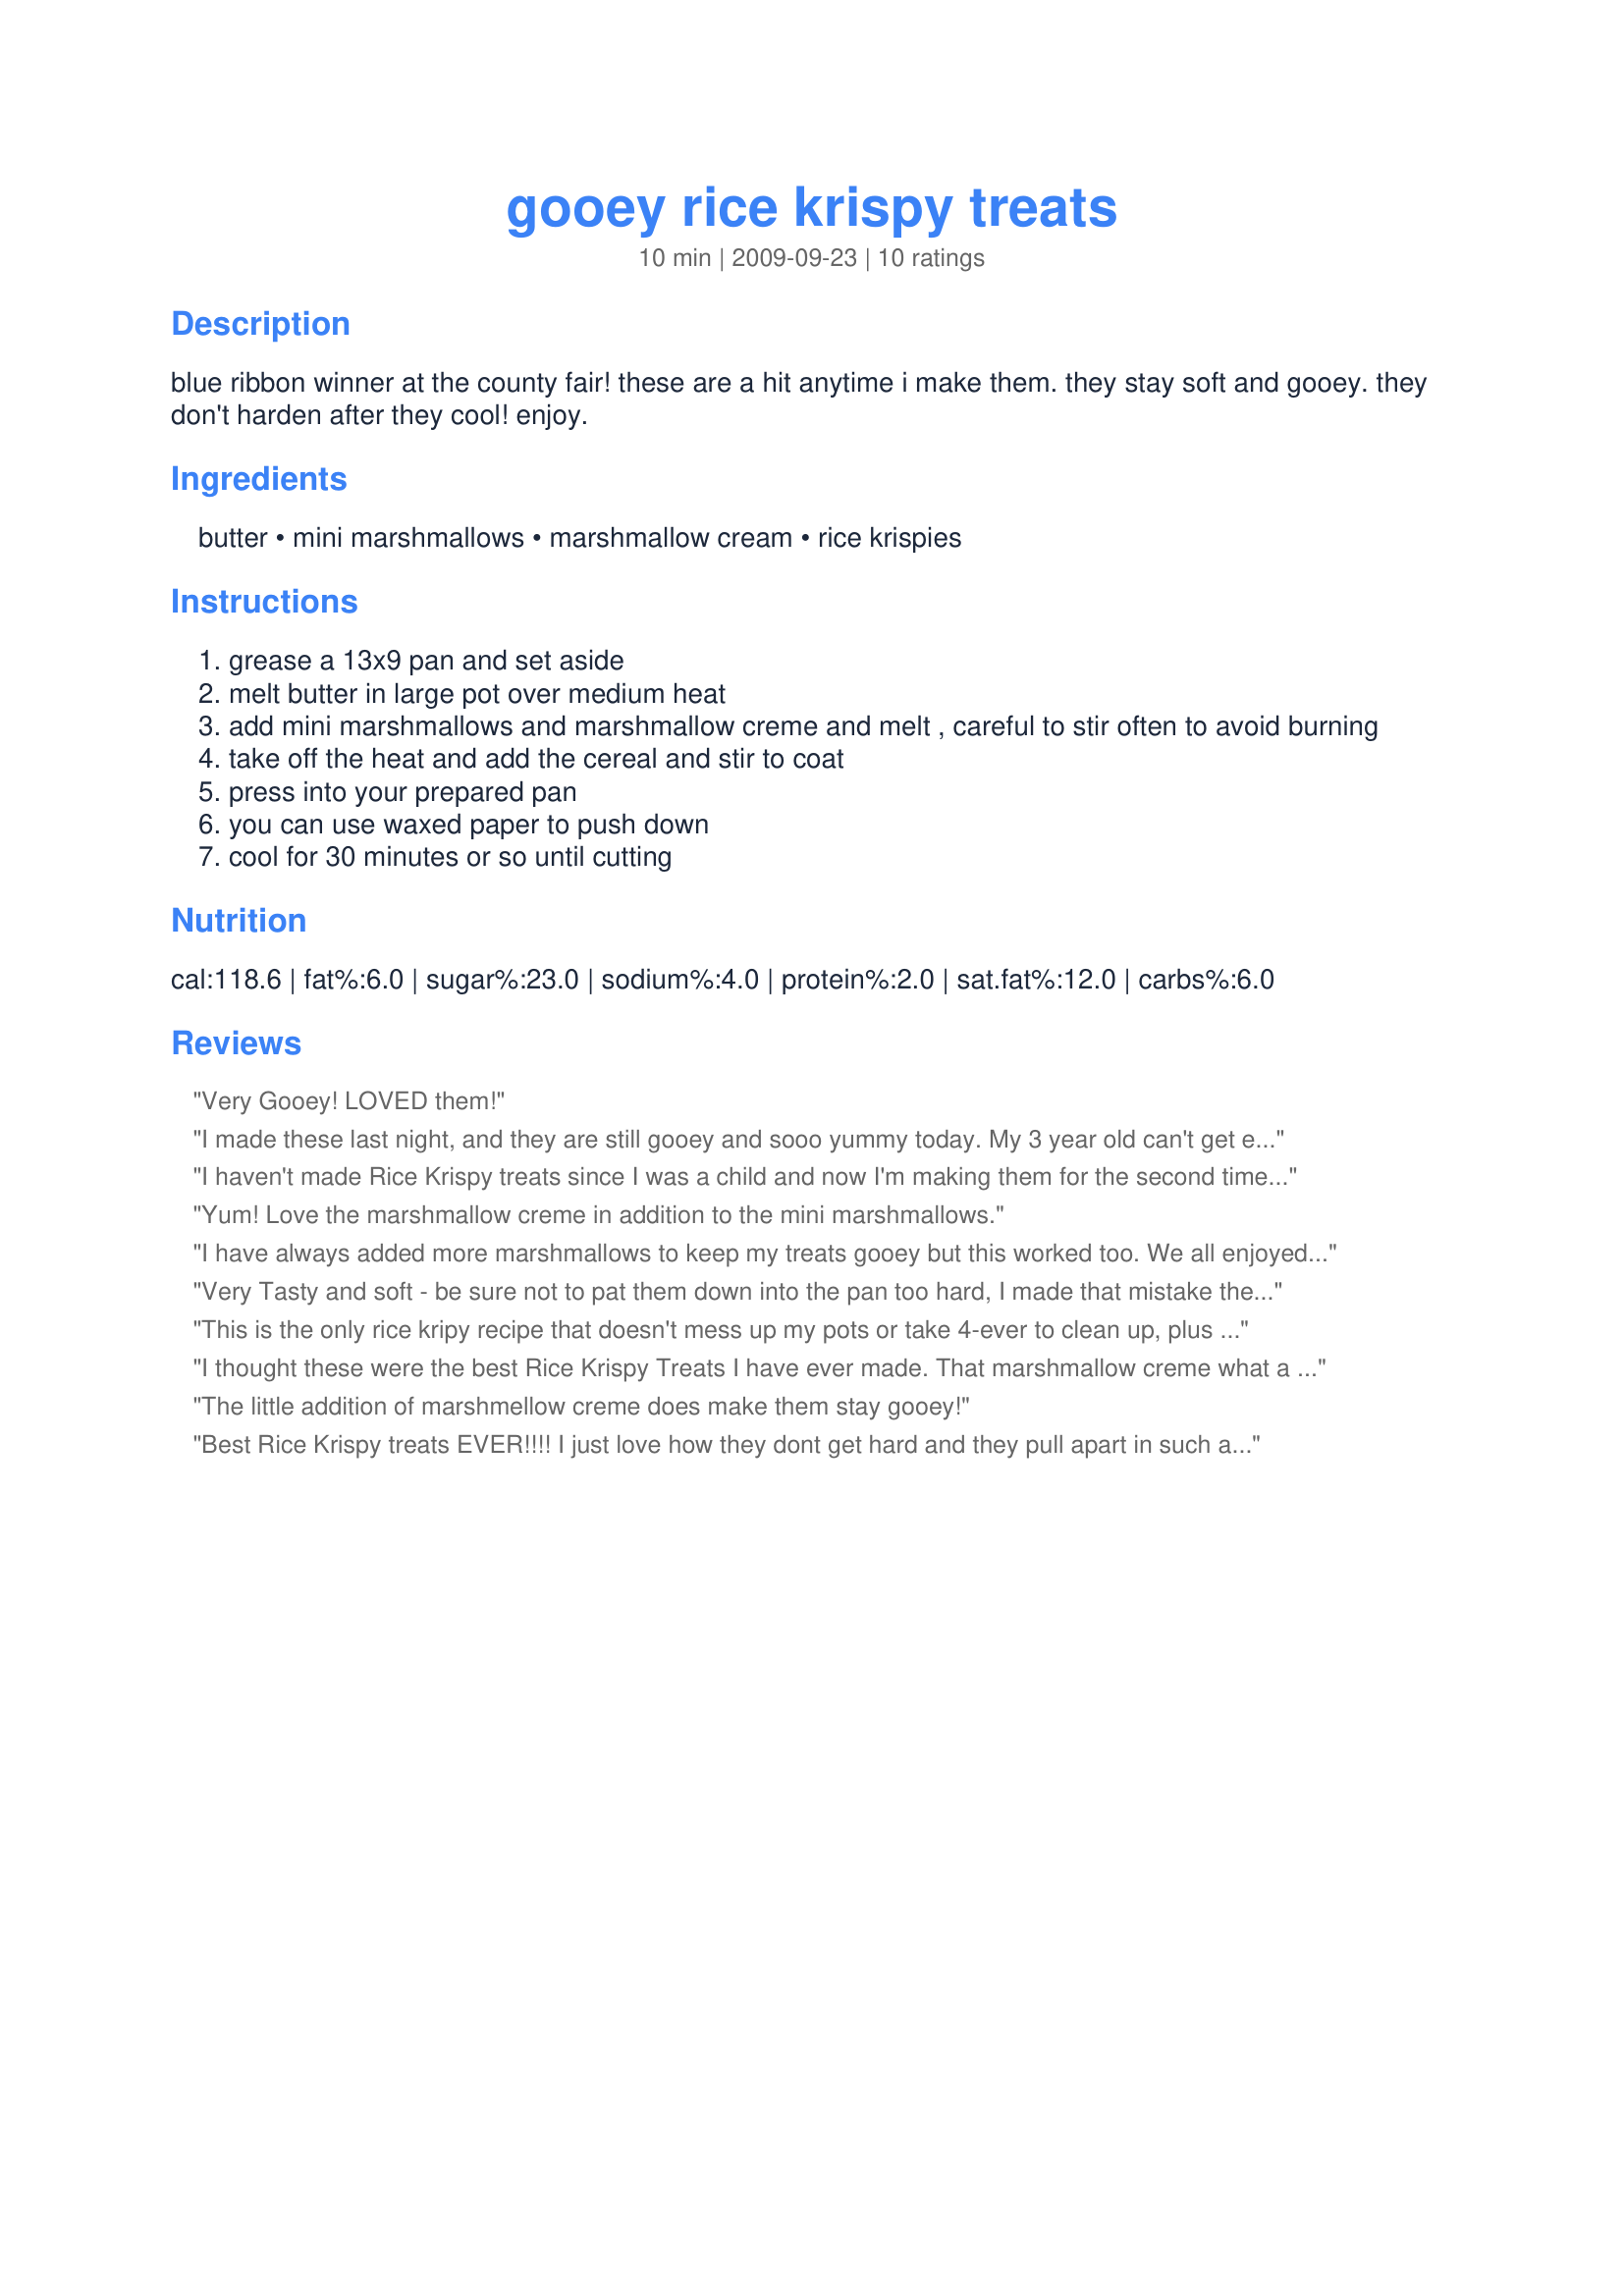
gooey rice krispy treats
Preparation time: 10 minutes

blue ribbon winner at the county fair! these are a hit anytime i make them. they stay soft and gooey. they don't harden after they cool! enjoy.

Ingredients:
butter, mini marshmallows, marshmallow cream, rice krispies

Steps:
grease a 13x9 pan and set aside
melt butter in large pot over medium heat
add mini marshmallows and marshmallow creme and melt , careful to stir often to avoid burning
take off the heat and add the cereal and stir to coat
press into your prepared pan
you can use waxed paper to push down
cool for 30 minutes or so until cutting

Reviews:
Very Gooey! LOVED them!
I made these last night, and they are still gooey and sooo yummy today. My 3 year old can't get enough, and honestly, neither can I! I did add a tspn of Vanilla, but other than that followed the directions exactly. Thanks so much! I'll be making these again...and again and again and again :-)
I haven't made Rice Krispy treats since I was a child and now I'm making them for the second time in two weeks. My husband and I both love this recipe. The treats stay gooey and taste more buttery then I remember. This recipe is a keeper for me!
Yum! Love the marshmallow creme in addition to the mini marshmallows.
I have always added more marshmallows to keep my treats gooey but this worked too. We all enjoyed these. Made for Spring PAC 2010.
Very Tasty and soft - be sure not to pat them down into the pan too hard, I made that mistake the first time and they did harden up a bit.
This is the only rice kripy recipe that doesn't mess up my pots or take 4-ever to clean up, plus they are delish :)
I thought these were the best Rice Krispy Treats I have ever made. That marshmallow creme what a great idea and ingredient!!! Thanks again for sharing I loved it and so did my family!!
The little addition of marshmellow creme does make them stay gooey!
Best Rice Krispy treats EVER!!!! I just love how they dont get hard and they pull apart in such a fun gooey way! YUM!!l
